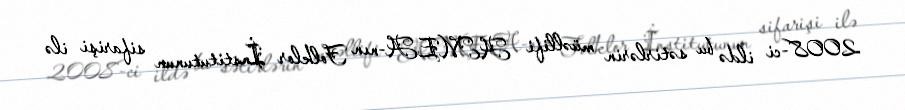
2008-ci ildə bu sətirlərin müəllifi AMEA-nın Folklor İnstitutunun sifarişi ilə